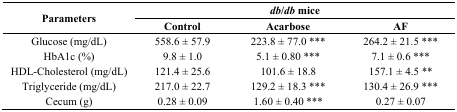
| <ROWSPAN=3> Parameters | <COLSPAN=3> db/db mice |
 | Control | Acarbose | AF |
 | --- | --- | --- | --- |
 | Glucose (mg/dL) | 558.6 ± 57.9 | 223.8 ± 77.0 *** | 264.2 ± 21.5 *** |
 | HbA1c (%) | 9.8 ± 1.0 | 5.1 ± 0.80 *** | 7.1 ± 0.6 *** |
 | HDL-Cholesterol (mg/dL) | 121.4 ± 25.6 | 101.6 ± 18.8 | 157.1 ± 4.5 ** |
 | Triglyceride (mg/dL) | 217.0 ± 22.7 | 129.2 ± 18.3 *** | 130.4 ± 26.9 *** |
 | Cecum (g) | 0.28 ± 0.09 | 1.60 ± 0.40 *** | 0.27 ± 0.07 |